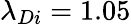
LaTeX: \lambda_{Di}=1.05